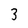
Character: 3